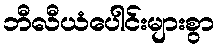
ဘီလီယံပေါင်းများစွာ